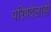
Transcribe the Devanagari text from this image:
परिषदेलाही